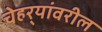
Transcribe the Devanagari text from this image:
चेहर्‍यांवरील